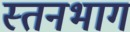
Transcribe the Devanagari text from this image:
स्तनभाग